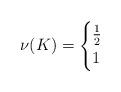
LaTeX: \begin{align*}\nu(K)=\begin{cases} \frac{1}{2} & \\ 1 & \end{cases}\end{align*}